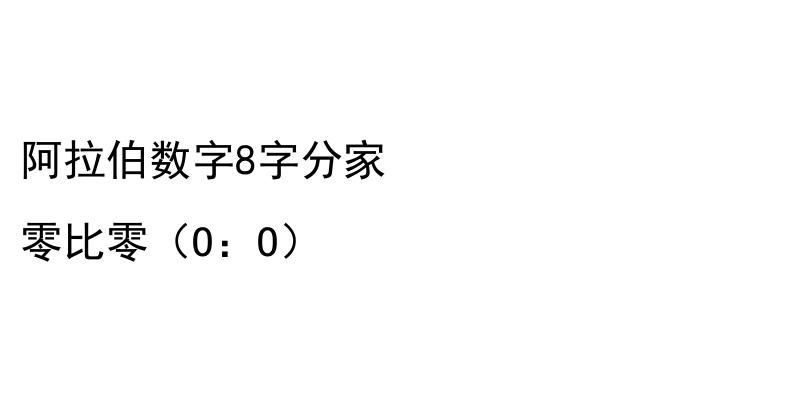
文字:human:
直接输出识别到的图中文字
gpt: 阿拉伯数字8字分家 零比零（O：O）